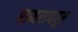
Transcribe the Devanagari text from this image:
रामरायपुर